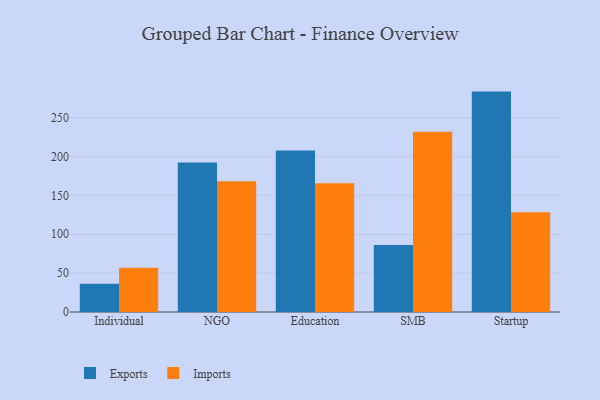
{"axis": {"x": "Segment", "y": "Revenue (USD Million)"}, "legend": ["Exports", "Imports"], "data": [{"x": "Individual", "y": 36.2, "type": "Exports"}, {"x": "Individual", "y": 57.0, "type": "Imports"}, {"x": "NGO", "y": 192.3, "type": "Exports"}, {"x": "NGO", "y": 168.3, "type": "Imports"}, {"x": "Education", "y": 207.8, "type": "Exports"}, {"x": "Education", "y": 165.6, "type": "Imports"}, {"x": "SMB", "y": 86.2, "type": "Exports"}, {"x": "SMB", "y": 232.0, "type": "Imports"}, {"x": "Startup", "y": 283.6, "type": "Exports"}, {"x": "Startup", "y": 128.5, "type": "Imports"}]}